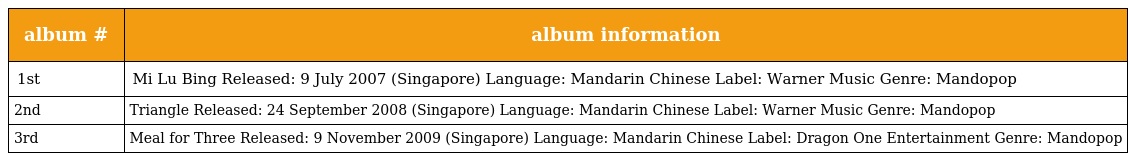
| album # | album information |
 | --- | --- |
 | 1st | Mi Lu Bing Released: 9 July 2007 (Singapore) Language: Mandarin Chinese Label: Warner Music Genre: Mandopop |
 | 2nd | Triangle Released: 24 September 2008 (Singapore) Language: Mandarin Chinese Label: Warner Music Genre: Mandopop |
 | 3rd | Meal for Three Released: 9 November 2009 (Singapore) Language: Mandarin Chinese Label: Dragon One Entertainment Genre: Mandopop |